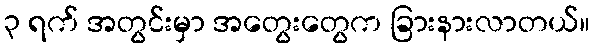
၃ ရက် အတွင်းမှာ အတွေးတွေက ခြားနားလာတယ်။